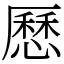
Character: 𠪾